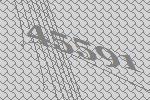
45591